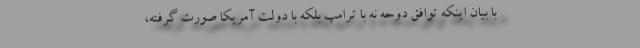
با بیان اینکه توافق دوحه نه با ترامپ بلکه با دولت آمریکا صورت گرفته،